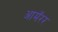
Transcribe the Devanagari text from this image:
आमॅरर